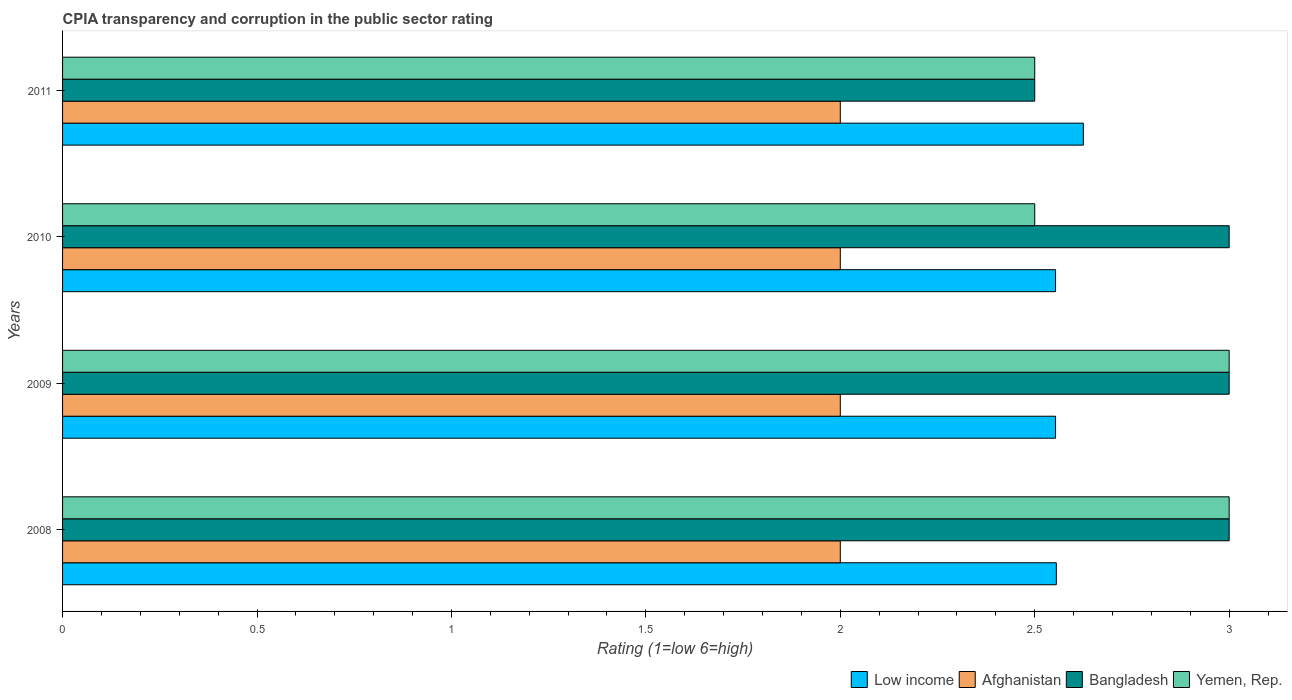
| Years | Low income | Afghanistan | Bangladesh | Yemen, Rep. |
 | --- | --- | --- | --- | --- |
 | 2008 | 2.56 | 2 | 3 | 3 |
 | 2009 | 2.55 | 2 | 3 | 3 |
 | 2010 | 2.55 | 2 | 3 | 2.5 |
 | 2011 | 2.62 | 2 | 2.5 | 2.5 |